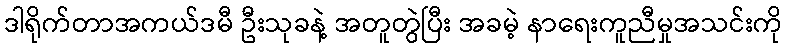
ဒါရိုက်တာအကယ်ဒမီ ဦးသုခနဲ့ အတူတွဲပြီး အခမဲ့ နာရေးကူညီမှုအသင်းကို